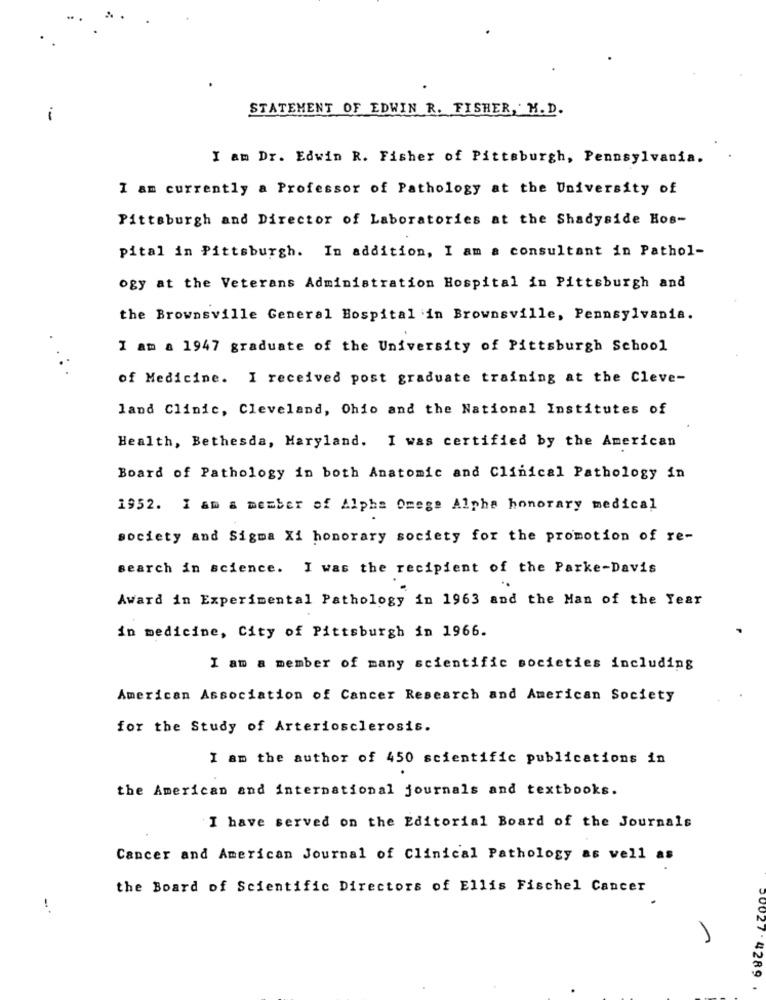
STATEMENT OF EDWIN R. FISHER, M.D.
I am Dr. Edwin R. Fisher of Pittsburgh, Pennsylvania.
I am currently a Professor of Pathology at the University of
Pittsburgh and Director of Laboratories at the Shadyside Hos-
pital in Pittsburgh. In addition, I am a consultant in Pathol-
ogy at the Veterans Administration Hospital in Pittsburgh and
the Brownsville General Hospital in Brownsville, Pennsylvania.
I am a 1947 graduate of the University of Pittsburgh School
of Medicine. I received post graduate training at the Cleve-
land Clinic, Cleveland, Ohio and the National Institutes of
Health, Bethesda, Maryland. I was certified by the American
Board of Pathology in both Anatomic and Clinical Pathology in
1952. I am a member of Alpha Omega Alpha honorary medical
society and Sigma Xi honorary society for the promotion of re-
search in science. I was the recipient of the Parke-Davis
Award in Experimental Pathology in 1963 and the Man of the Year
in medicine, City of Pittsburgh in 1966.
I am a member of many scientific societies including
American Association of Cancer Research and American Society
for the Study of Arteriosclerosis.
I am the author of 450 scientific publications in
the American and international journals and textbooks.
I have served on the Editorial Board of the Journals
Cancer and American Journal of Clinical Pathology as well as
the Board of Scientific Directors of Ellis Fischel Cancer
-.
A
20027 :4289